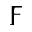
\digamma